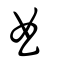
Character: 曲